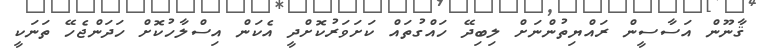
ޤާނޫން އަސާސީން ރައްޔިތުންނަށް ލިބިދޭ ހައްގުތައް ކަށަވަރުކޮށްދީ އެކަން އިސްލާހުކޮށް ހަދަންޖެހޭ ތަނަކީ